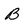
Character: B